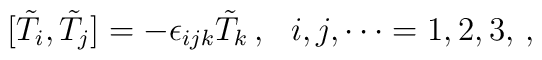
[\tilde{T}_{i},\tilde{T}_{j}]=-\epsilon_{ijk}\tilde{T}_{k}\, ,\,\,\,\,i,j,\cdots=1,2,3,\, ,